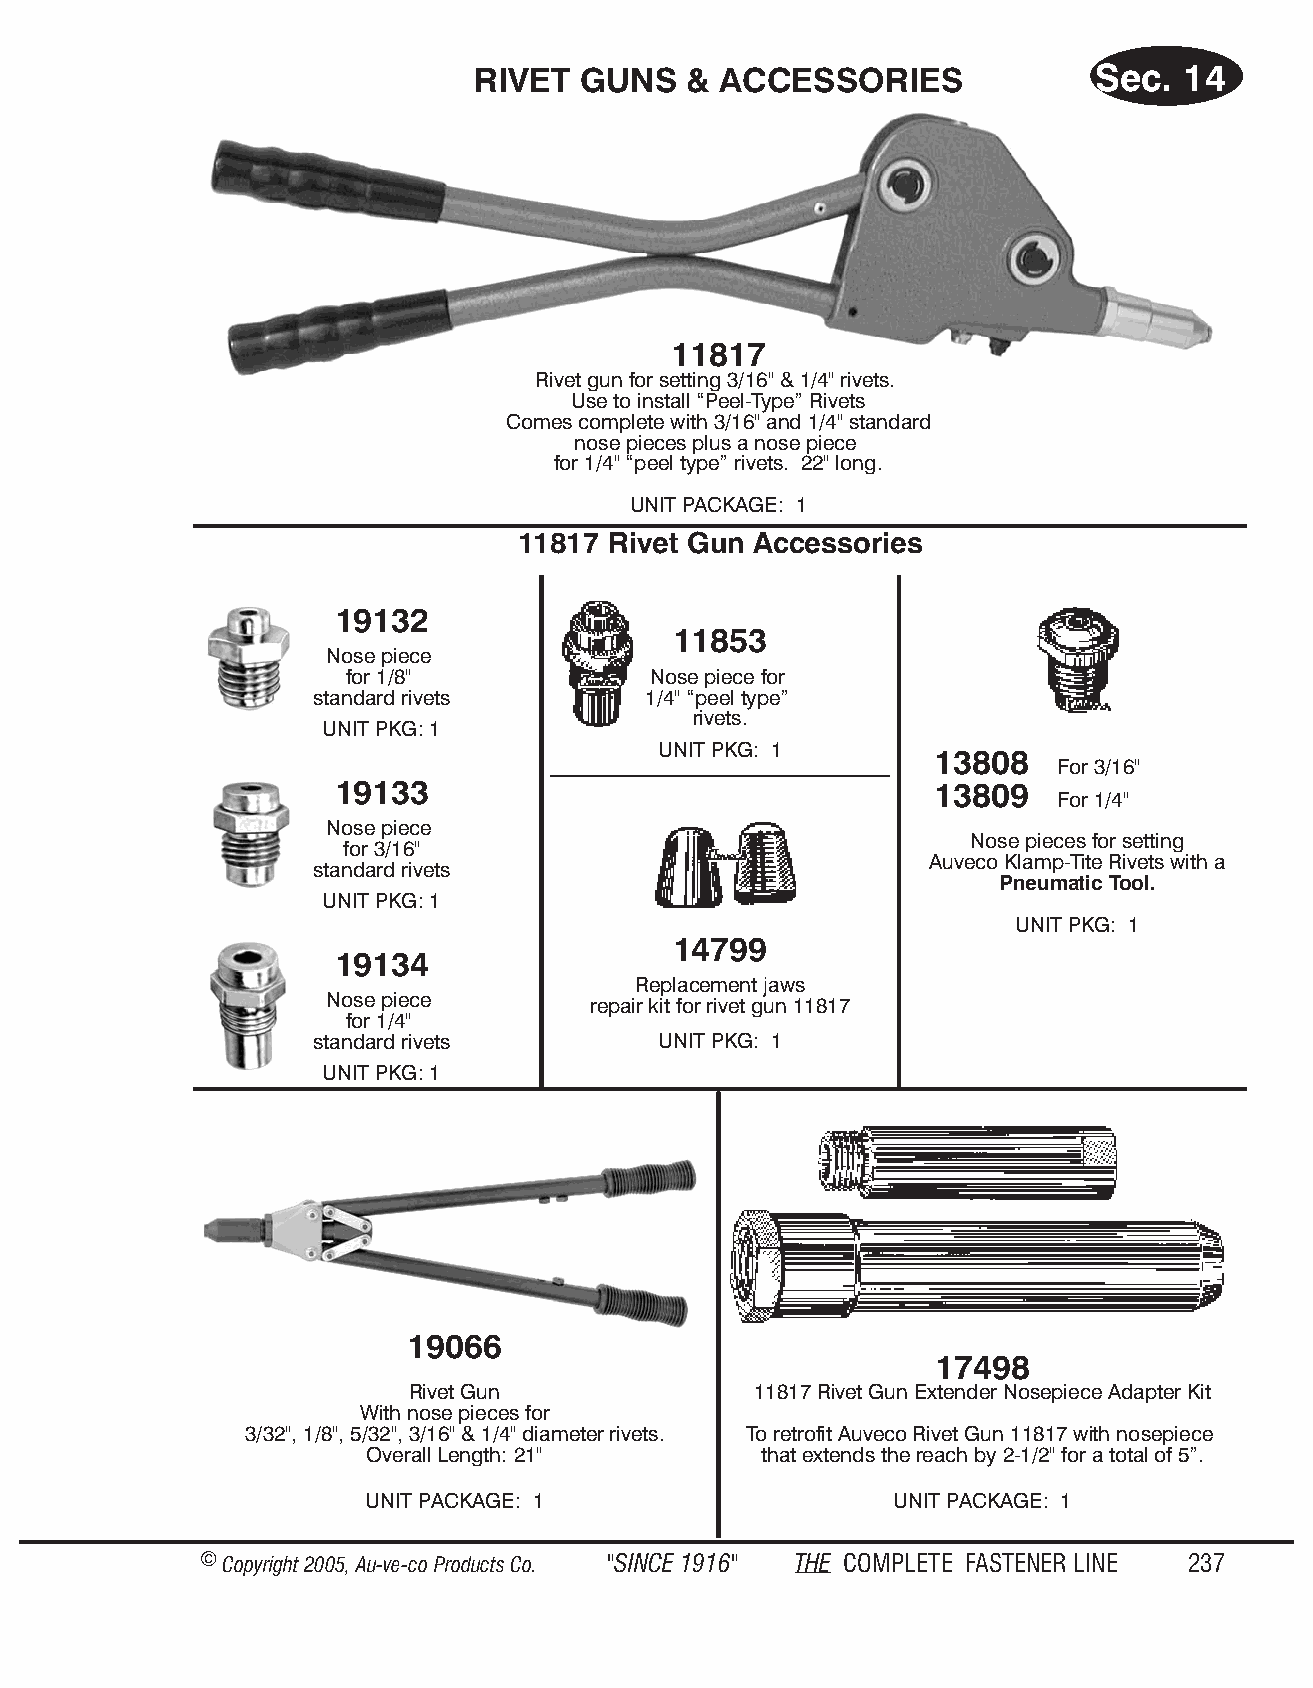
RIVET  GUNS   & ACC  ES SOR IES          Sec.  14
 11817
 Rivet gun for setting 3/16" & 1/4" rivets.
 Use to install “Peel-Type” Rivets
 Comes complete with 3/16" and 1/4" standard
 nose pieces plus a nose piece
 for 1/4" “peel type” rivets. 22" long.
 UNIT PACKAGE: 1
 11817 Rivet Gun Acc ess o ries
 19132
 11853
 Nose piece
 for 1/8"            Nose piece for
 standard rivets       1/4" “peel type”
 rivets.
 UNIT PKG: 1
 UNIT PKG: 1
 13808
 For 3/16"
 19133                                   13809
 For 1/4"
 Nose piece
 Nose pieces for setting
 for 3/16"
 Auveco Klamp-Tite Rivets with a
 standard rivets
 Pneumatic Tool.
 UNIT PKG: 1
 UNIT PKG: 1
 14799
 19134
 Replacement jaws
 Nose piece       repair kit for rivet gun 11817
 for 1/4"
 standard rivets        UNIT PKG: 1
 UNIT PKG: 1
 19066
 17498
 Rivet Gun              11817 Rivet Gun Extender Nosepiece Adapter Kit
 With nose pieces for
 3/32", 1/8", 5/32", 3/16" & 1/4" diameter rivets. To retrofit Auveco Rivet Gun 11817 with nosepiece
 Overall Length: 21"        that extends the reach by 2-1/2" for a total of 5”.
 UNIT PACKAGE: 1                    UNIT PACKAGE: 1
 © Copyr ight 2005, Au-ve-co Produ cts Co. "SINCE 1916" THE COM PLETE FAST ENER LINE 237